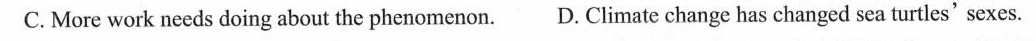
C. More work needs doing about the phenomenon.D. Climate change has changed sea turtles' sexes.